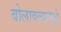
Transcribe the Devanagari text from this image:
बोलावल्यामुळे